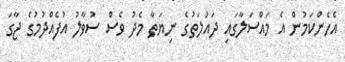
އެހެންކަމުން އެ މައްސަލާގައި ދައުލަތުގެ ނިޔަތާ މެދު ވެސް ސުވާލު އުފެއްދުމުގެ ޖާގަ